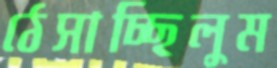
ঠেসাচ্ছিলুম